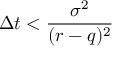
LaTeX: \Delta t < { \frac { \sigma ^ { 2 } } { ( r - q ) ^ { 2 } } }